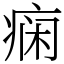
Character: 痫